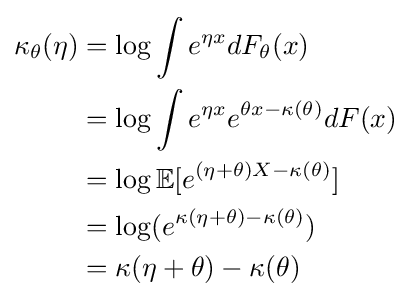
{\begin{aligned}\kappa _{\theta }(\eta )&=\log \int e^{\eta x}dF_{\theta }(x)\\&=\log \int e^{\eta x}e^{\theta x-\kappa (\theta )}dF(x)\\&=\log \mathbb {E} [e^{(\eta +\theta )X-\kappa (\theta )}]\\&=\log(e^{\kappa (\eta +\theta )-\kappa (\theta )})\\&=\kappa (\eta +\theta )-\kappa (\theta )\end{aligned}}